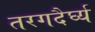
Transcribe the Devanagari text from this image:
तरगदैर्घ्य